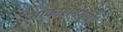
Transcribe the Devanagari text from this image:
आकाशगंगाएँ।